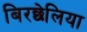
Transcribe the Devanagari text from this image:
बिरछेलिया